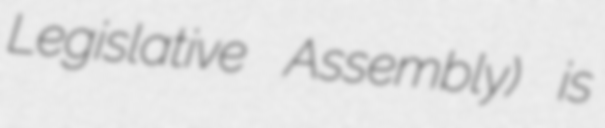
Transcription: Legislative Assembly) is